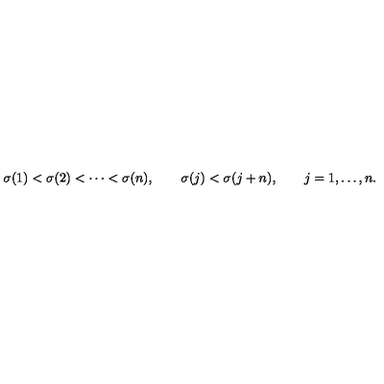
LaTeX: \sigma ( 1 ) < \sigma ( 2 ) < \cdots < \sigma ( n ) , \qquad \sigma ( j ) < \sigma ( j + n ) , \qquad j = 1 , \ldots , n .